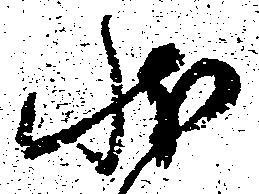
状